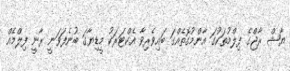
ޔާޝް ރާޖްގެ ފިލްމުތަކުގަ އާންމުގޮތެއްގަ ބައިވެރިވާ އެކްޓަރަކު މީޑިޔާގަ ބުނެފަވަނީ ރާނީ ފިލްމެއް